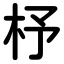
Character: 杼